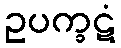
ဥပက္ခဋံ